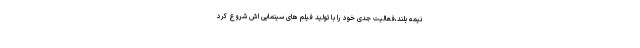
نیمه بلند،فعالیت جدی خود را با تولید فیلم های سینمایی اش شروع کرد